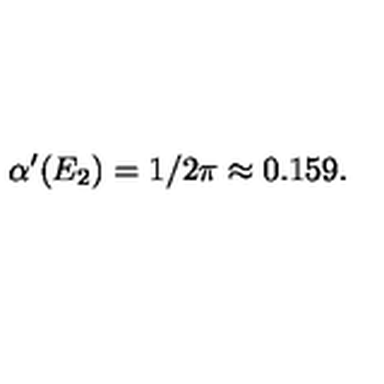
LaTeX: \alpha ^ { \prime } ( E _ { 2 } ) = 1 / 2 \pi \approx 0 . 1 5 9 .